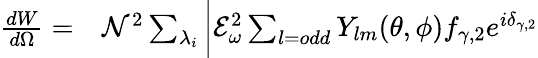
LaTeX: \begin{array}{rl}{\frac{dW}{d\Omega}=}&{{}\mathcal{N}^{2}\sum_{\lambda_{i}}\bigg|\mathcal{E}_{\omega}^{2}\sum_{l=odd}Y_{lm}(\theta,\phi)f_{\gamma,2}e^{i\delta_{\gamma,2}}}\end{array}